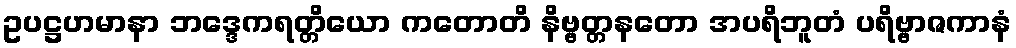
ဥပဋ္ဌဟမာနာ ဘဒ္ဒေကရတ္တိယော ကတောတိ နိဗ္ဗတ္တနတော အပရိဘူတံ ပရိဗ္ဗာဇကာနံ